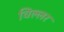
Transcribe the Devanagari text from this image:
विल्लर